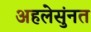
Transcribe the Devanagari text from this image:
अहलेसुंनत